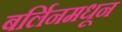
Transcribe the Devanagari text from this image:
बर्लिनमधून